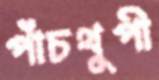
পাঁচথুপী